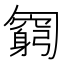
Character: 𠤊